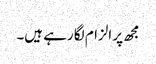
مجھ پر الزام لگا رہے ہیں۔